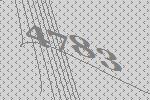
4783